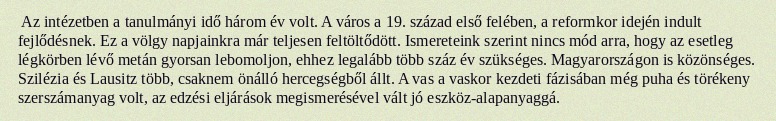
Az intézetben a tanulmányi idő három év volt. A város a 19. század első felében, a reformkor idején indult fejlődésnek. Ez a völgy napjainkra már teljesen feltöltődött. Ismereteink szerint nincs mód arra, hogy az esetleg légkörben lévő metán gyorsan lebomoljon, ehhez legalább több száz év szükséges. Magyarországon is közönséges. Szilézia és Lausitz több, csaknem önálló hercegségből állt. A vas a vaskor kezdeti fázisában még puha és törékeny szerszámanyag volt, az edzési eljárások megismerésével vált jó eszköz-alapanyaggá.